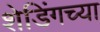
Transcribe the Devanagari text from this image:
शेडिंगच्या